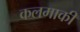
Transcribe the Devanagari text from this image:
कलमाकी